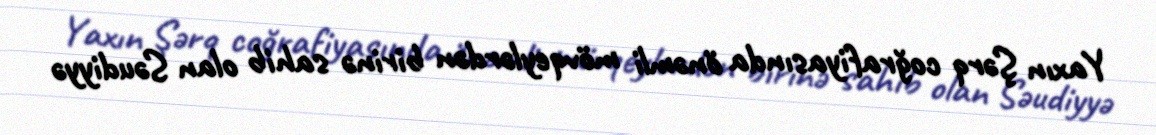
Yaxın Şərq coğrafiyasında önəmli mövqeylərdən birinə sahib olan Səudiyyə